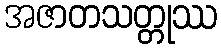
အဇာတသတ္တုဿ